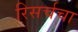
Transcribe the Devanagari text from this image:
रिसर्चचा